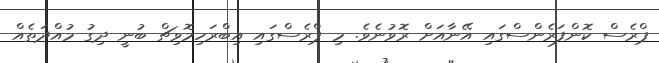
ޕްރެސް ކޮންފަރެންސްގައި އޭނާއަށް ރޮވުނެވެ. މި ޕްރެސްގައި އިބްރަހިމޮވިޗް ބުނީ ދިގު މުއްދަތެއް